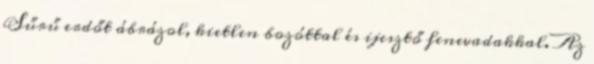
Sűrű erdőt ábrázol, kietlen bozóttal és ijesztő fenevadakkal. Az